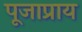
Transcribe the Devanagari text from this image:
पूजाप्राय